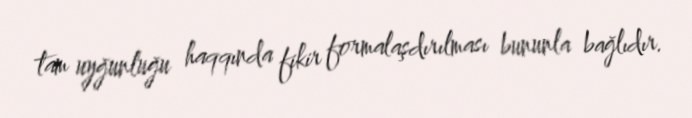
tam uyğunluğu haqqında fikir formalaşdırılması bununla bağlıdır.